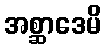
အစ္ဆာဒေမိ